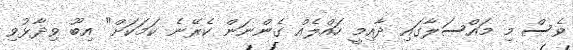
ވެސް މި މައްސަލާގައި ދާއިމީ ހައްލެއް ގެންނަން ކެރޭނެ ކަމަކަށް" އިބޫ ވިދާޅުވި